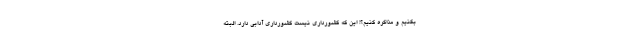
بکنیم و مذاکره کنیم؟! این که کشورداری نیست کشورداری آدابی دارد. البته